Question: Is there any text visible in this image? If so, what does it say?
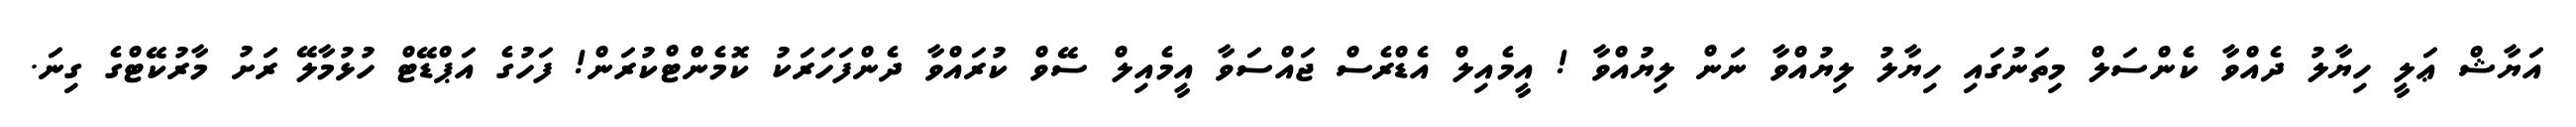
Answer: އަޔާޝް ޢަލީ ހިޔާލު ދެއްވާ ކެންސަލް މިތަނުގައި ހިޔާލު ލިޔުއްވާ ނަން ލިޔުއްވާ ! އީމެއިލް އެޑްރެސް ޖައްސަވާ އީމެއިލް ސޭވް ކުރައްވާ ދެންފަހަރަކު ކޮމެންޓްކުރަން! ފަހުގެ އަޕްޑޭޓް ހުޅުމާލޭ ރަށު މާރުކޭޓްގެ ގިނަ.